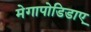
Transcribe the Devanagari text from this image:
मेगापोडिडाए